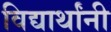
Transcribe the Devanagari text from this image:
विद्यार्थांनी